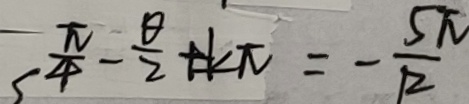
\frac { \pi } { 4 } - \frac { \theta } { 2 } + k \pi = - \frac { 5 \pi } { 1 2 }